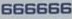
666666